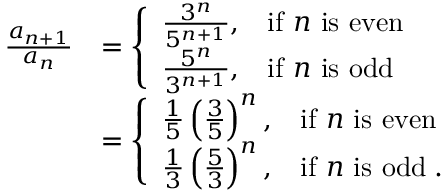
\begin{array} { r l } { \frac { a _ { n + 1 } } { a _ { n } } } & { = \left\{ \begin{array} { l l } { \frac { 3 ^ { n } } { 5 ^ { n + 1 } } , } & { \mathrm { i f ~ } n \mathrm { ~ i s ~ e v e n } } \\ { \frac { 5 ^ { n } } { 3 ^ { n + 1 } } , } & { \mathrm { i f ~ } n \mathrm { ~ i s ~ o d d } } \end{array} \right. } \\ & { = \left\{ \begin{array} { l l } { \frac 1 5 \left( \frac 3 5 \right) ^ { n } , } & { \mathrm { i f ~ } n \mathrm { ~ i s ~ e v e n } } \\ { \frac 1 3 \left( \frac 5 3 \right) ^ { n } , } & { \mathrm { i f ~ } n \mathrm { ~ i s ~ o d d } \; . } \end{array} \right. } \end{array}